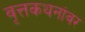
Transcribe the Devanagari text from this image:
वृत्तकथनांवर